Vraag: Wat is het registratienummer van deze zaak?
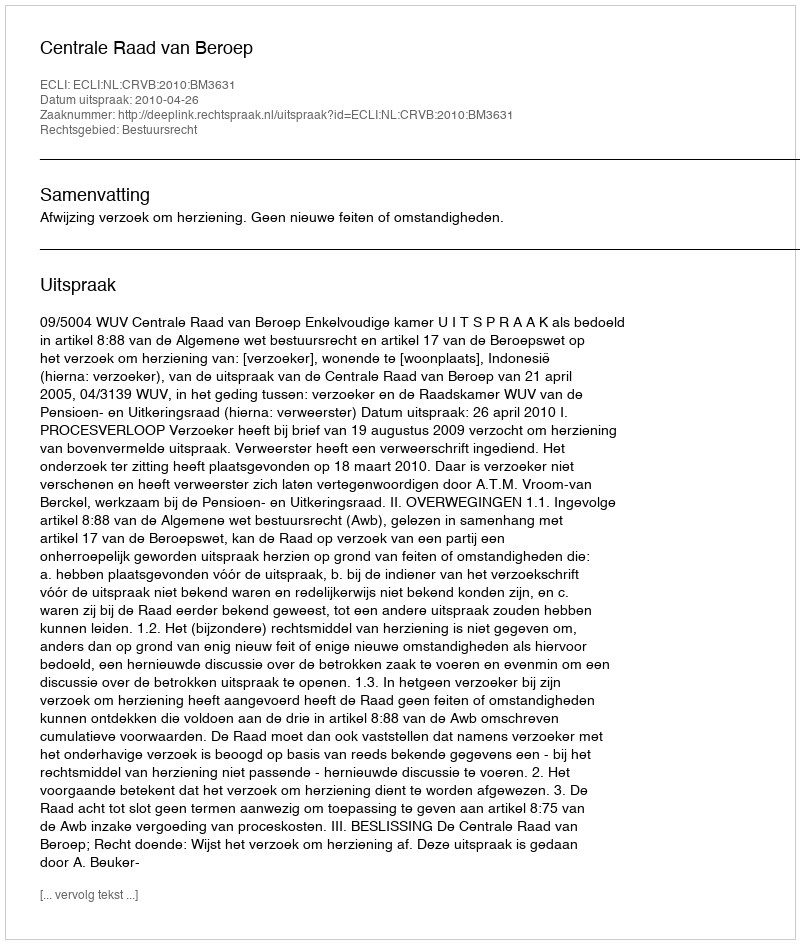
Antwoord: http://deeplink.rechtspraak.nl/uitspraak?id=ECLI:NL:CRVB:2010:BM3631